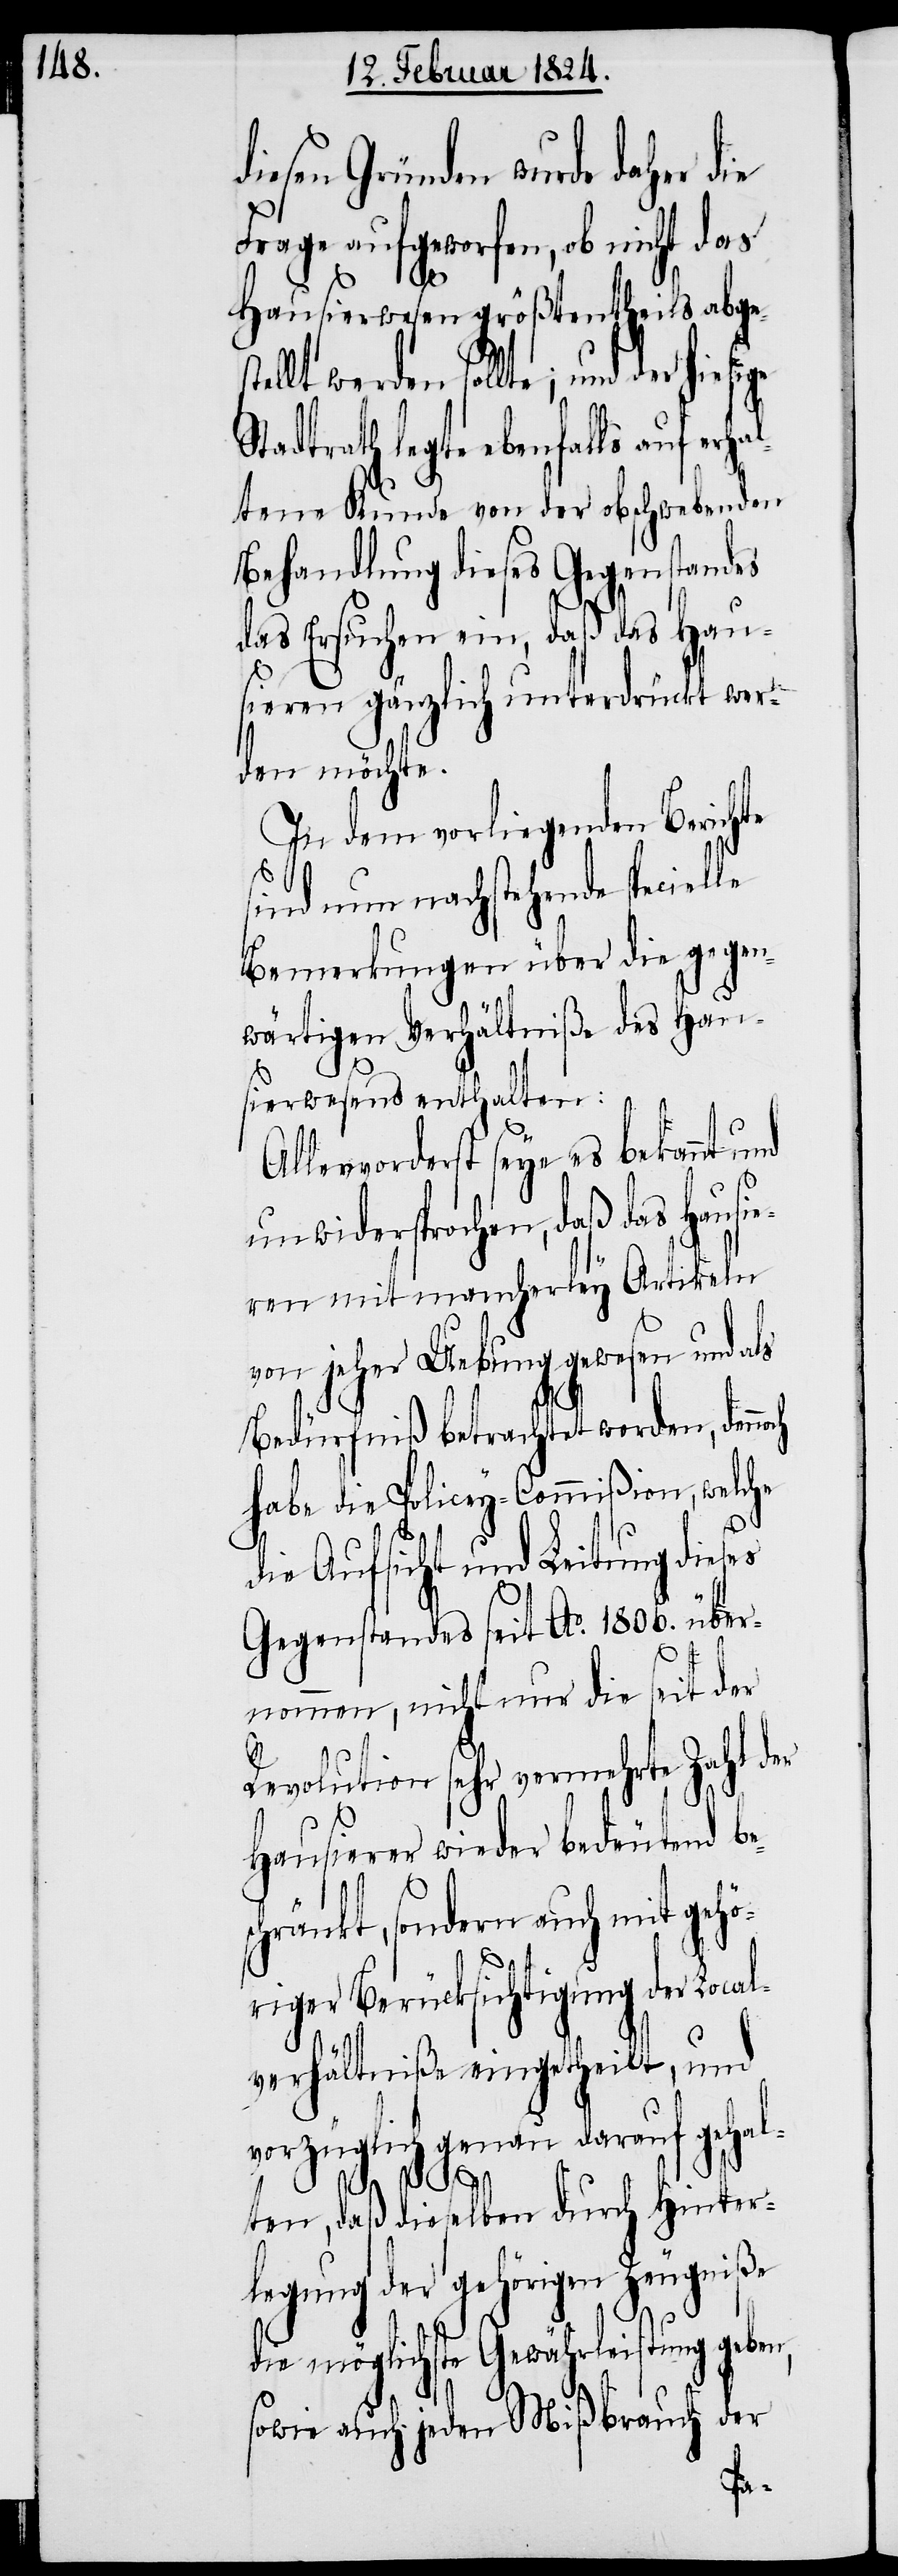
diesen Gründen wurde
Frage aufgeworfen, ob nicht das
Hausierwesen größtentheils abge¬
ellt werden sollte; und der
Stadtrath legte ebenfalls auf erha¬
ltene Kunde von der obschwebenden
Behandlung dieses Gegenstandes
das Ersuchen ein, daß das Hau¬
sieren gänzlich unterdrückt wer¬
den möchte.
In dem vorliegenden Berichte
sind nun nachstehende specielle
Bemerkungen über die gegen¬
wärtigen Verhältniße des Hau¬
sierwesens enthalten:
Allervorderst seye es bekannt und
unwidersprochen, daß das Hausi¬
eren mit mancherley Artikeln
von jeher Uebung gewesen und als
Bedürfniß betrachtet worden, denn¬
habe die Policey-Commißion, welche
die Aufsicht und Leitung dieses
Gegenstandes seit Ao. 1806. über¬
nommen, nicht nur die seit der
Revolution sehr vermehrte Zahl der
Hausierer wieder bedeutend be¬
hränkt, sondern auch mit geh¬
öriger Berücksichtigung der Local¬
verhältniße eingetheilt, und
genau darauf gehal¬
vorzügli¬
ch
sc¬
ten, daß dieselben durch Hinter¬
legung der gehörigen Zeugniße
die möglichste Gewährleistung geben,
sowie auch jeden Mißbrauch der